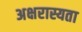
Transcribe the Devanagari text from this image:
अक्षरास्यता